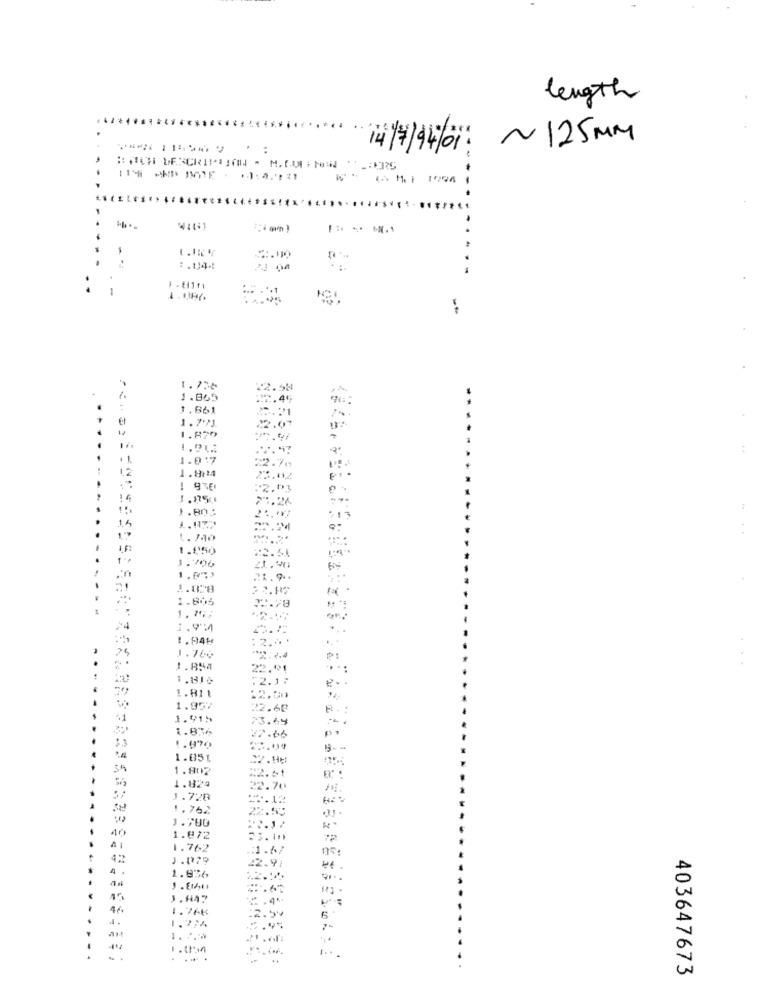
length
14/7/4/01: ~ 125MM
. :
BOAICH DESCRIPTION - M. CON NEW : _: 1175
Mi 1994
-.
4161
.
1.04.
24 04
-
--
1.75₺
1.065
1.661
1.7'>J
1.829
1.017
1.8/4
2.01
14
1.175
---
1.5
:13
1. 740
1.950
22.54
1.706
1.9.
1.805
1. 74; ,
1.9:4
1.94H
: 2.4 .
2. 2.4
P:
1.854
22.91
..:
1.816
2.1.
1.811
1.957
22.68
R . :
1.915
23.49
2.66
1.990
1.851
22.18
34
1.802
1.829
22.70
1.728
13.12
1.762
1.700
40
1.872
72
-
1.762
:1.67
42
J.079
42.91
4 .
1.836
.65
1.847
46
1.768
1. ...
403647673